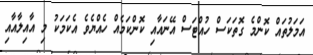
އަމަލުތައް ކޮންމެ ގޮތަކަސް ހުއްޓަސް އޭނައާއި ކޮންކަމެއް ހެއްޔެވެ އެކަމަކު މި އާއިލާއާއި